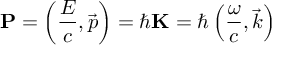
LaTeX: \mathbf { P } = \left( { \frac { E } { c } } , { \vec { p } } \right) = \hbar \mathbf { K } = \hbar \left( { \frac { \omega } { c } } , { \vec { k } } \right)